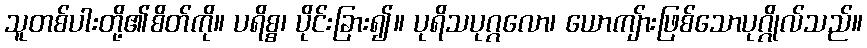
သူတစ်ပါးတို့၏စိတ်ကို။ ပရိစ္စ၊ ပိုင်းခြား၍။ ပုရိသပုဂ္ဂလော၊ ယောကျ်ားဖြစ်သောပုဂ္ဂိုလ်သည်။